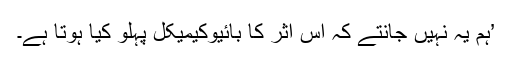
’ہم یہ نہیں جانتے کہ اس اثر کا بائیوکیمیکل پہلو کیا ہوتا ہے۔